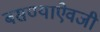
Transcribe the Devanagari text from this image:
बसण्याऐवजी